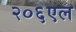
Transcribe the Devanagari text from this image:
२०६एल